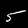
Label: 5